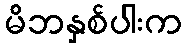
မိဘနှစ်ပါးက